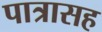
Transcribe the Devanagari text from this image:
पात्रासह